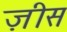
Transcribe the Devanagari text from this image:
ज़ीस